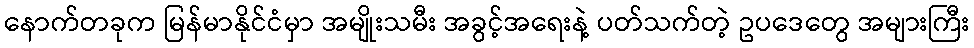
နောက်တခုက မြန်မာနိုင်ငံမှာ အမျိုးသမီး အခွင့်အရေးနဲ့ ပတ်သက်တဲ့ ဥပဒေတွေ အများကြီး